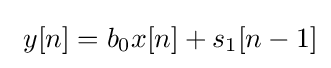
\ y[n]=b_{0}x[n]+s_{1}[n-1]